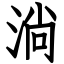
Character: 淌